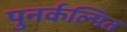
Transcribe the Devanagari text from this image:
पुनर्कल्पित